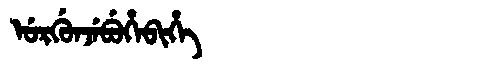
Manchu: ᡠᡵᡤᡠᠨᠵᡝᠪᡠᡥᡝᠪᡳᡥᡝ
Romanization: URGUNJEBUHEBIHE